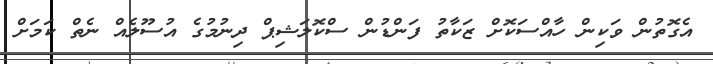
އެގޮތުން ވަކިން ހާއްސަކޮށް ޒަކާތު ފަންޑުން ސްކޮލަޝިޕް ދިނުމުގެ އުސޫލެއް ނެތް ކަމަށް